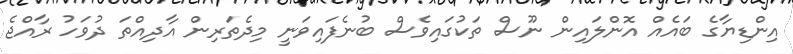
އިންޑިޔާގެ ބައެއް އޮންލައިން ނޫސް ތަކުގައިވެސް ބުނެފައިވަނީ މިދެތަރިން އާދިއްތަ ދުވަހު ރާއްޖެ